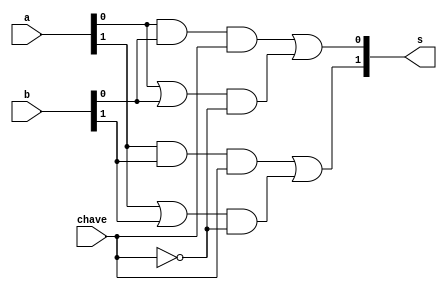
// ------------------------- 
// Exemplo0032 - F4 
// Nome: Gabriel Benjamim de Carvalho 
// ------------------------- 
// ------------------------- 
// f4_gate 
// -------------------------  
 
 module f4 (output [1:0] s, input [1:0] a, input [1:0] b, input chave); 
 	 
	 //descrever por portas
wire [1:0] saidaAnd;
wire [1:0] saidaOr;
wire [3:0] saida;
wire saidaNot;
 
and AND1(saidaAnd[0], a[0], b[0]);
and AND2(saidaAnd[1], a[1], b[1]);
	 
or OR1(saidaOr[0], a[0], b[0]);
or OR2(saidaOr[1], a[1], b[1]);
	 
and AND3(saida[0], saidaAnd[0], chave);
and AND4(saida[1], saidaAnd[1], chave);
	 
and AND5(saida[2], saidaOr[0], saidaNot);
and AND6(saida[3], saidaOr[1], saidaNot);
	 
not NOT1(saidaNot, chave);
	 
or OR5(s[0], saida[0], saida[2]);
or OR6(s[1], saida[1], saida[3]);
 
 endmodule // f4
 
 module test_f4; 
 // ------------------------- definir dados 
 reg [1:0] x; 
 reg [1:0] y; 
 reg ch;
 wire [1:0] s; 
 
 f4 modulo (s, x, y, ch);
 
initial begin 

	//----------------------- identificar
	$display("Exemplo003 - Gabriel Benjamim de Carvalho - 396690"); 
	$display("Test LU's module"); 
	
	$monitor("Resultado chave = %1b\n x = %2b \t y = %2b \t Resultado -> %2b\n", ch, x, y, s);
	#1 x = 2'b01; y = 2'b10; ch = 0; 
   #1 x = 2'b01; y = 2'b10; ch = 1;  
   #1 x = 2'b11; y = 2'b00; ch = 0;
   #1 x = 2'b11; y = 2'b00; ch = 1; 
	#1 x = 2'b01; y = 2'b00; ch = 0;
   #1 x = 2'b01; y = 2'b00; ch = 1; 
   #1 x = 2'b10; y = 2'b10; ch = 0;
   #1 x = 2'b10; y = 2'b10; ch = 1;   

 end 
 endmodule // test_f4